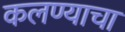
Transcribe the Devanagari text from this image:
कलण्याचा